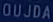
OUJDA